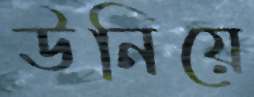
উনিয়ে